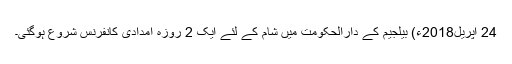
24 اپریل2018ء) بیلجیم کے دارالحکومت میں شام کے لئے ایک 2 روزہ امدادی کانفرنس شروع ہوگئی۔